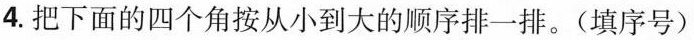
4.把下面的四个角按从小到大的顺序排一排。(填序号)